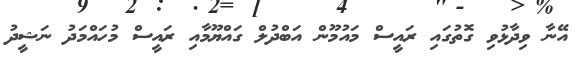
އޭނާ ވިދާޅުވި ގޮތުގައި ރައީސް މައުމޫން އަބްދުލް ގައްޔޫމާއި ރައީސް މުހައްމަދު ނަޝީދު